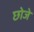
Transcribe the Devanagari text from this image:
छोजे